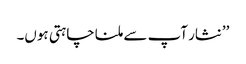
’’نثار آپ سے ملنا چاہتی ہوں۔